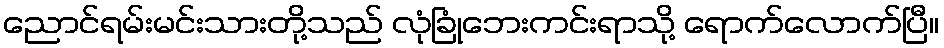
ညောင်ရမ်းမင်းသားတို့သည် လုံခြုံဘေးကင်းရာသို့ ရောက်လောက်ပြီ။